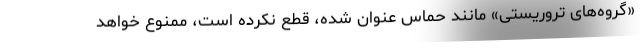
«گروه‌های تروریستی» مانند حماس عنوان شده، قطع نکرده است، ممنوع خواهد